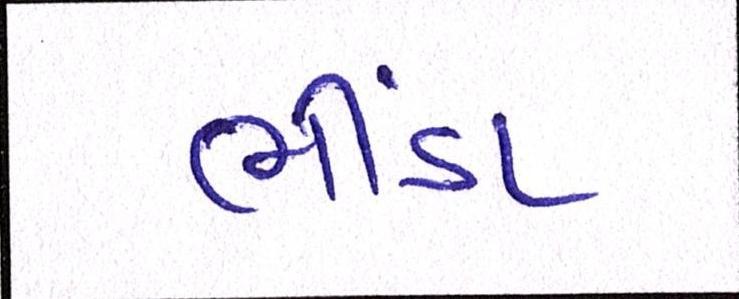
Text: ભીંડા